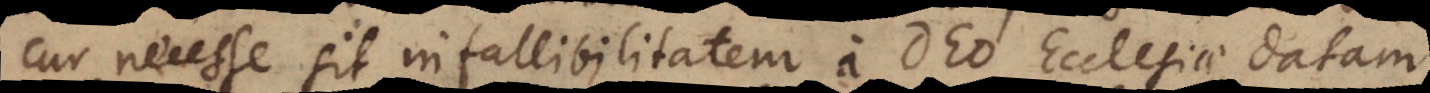
cur necesse sit infallibilitatem a Deo Ecclesiae datam